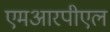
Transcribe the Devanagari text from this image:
एमआरपीएल